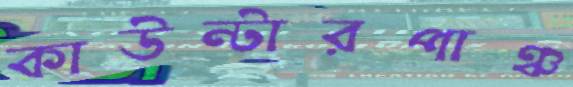
কাউন্টারপাঞ্চ